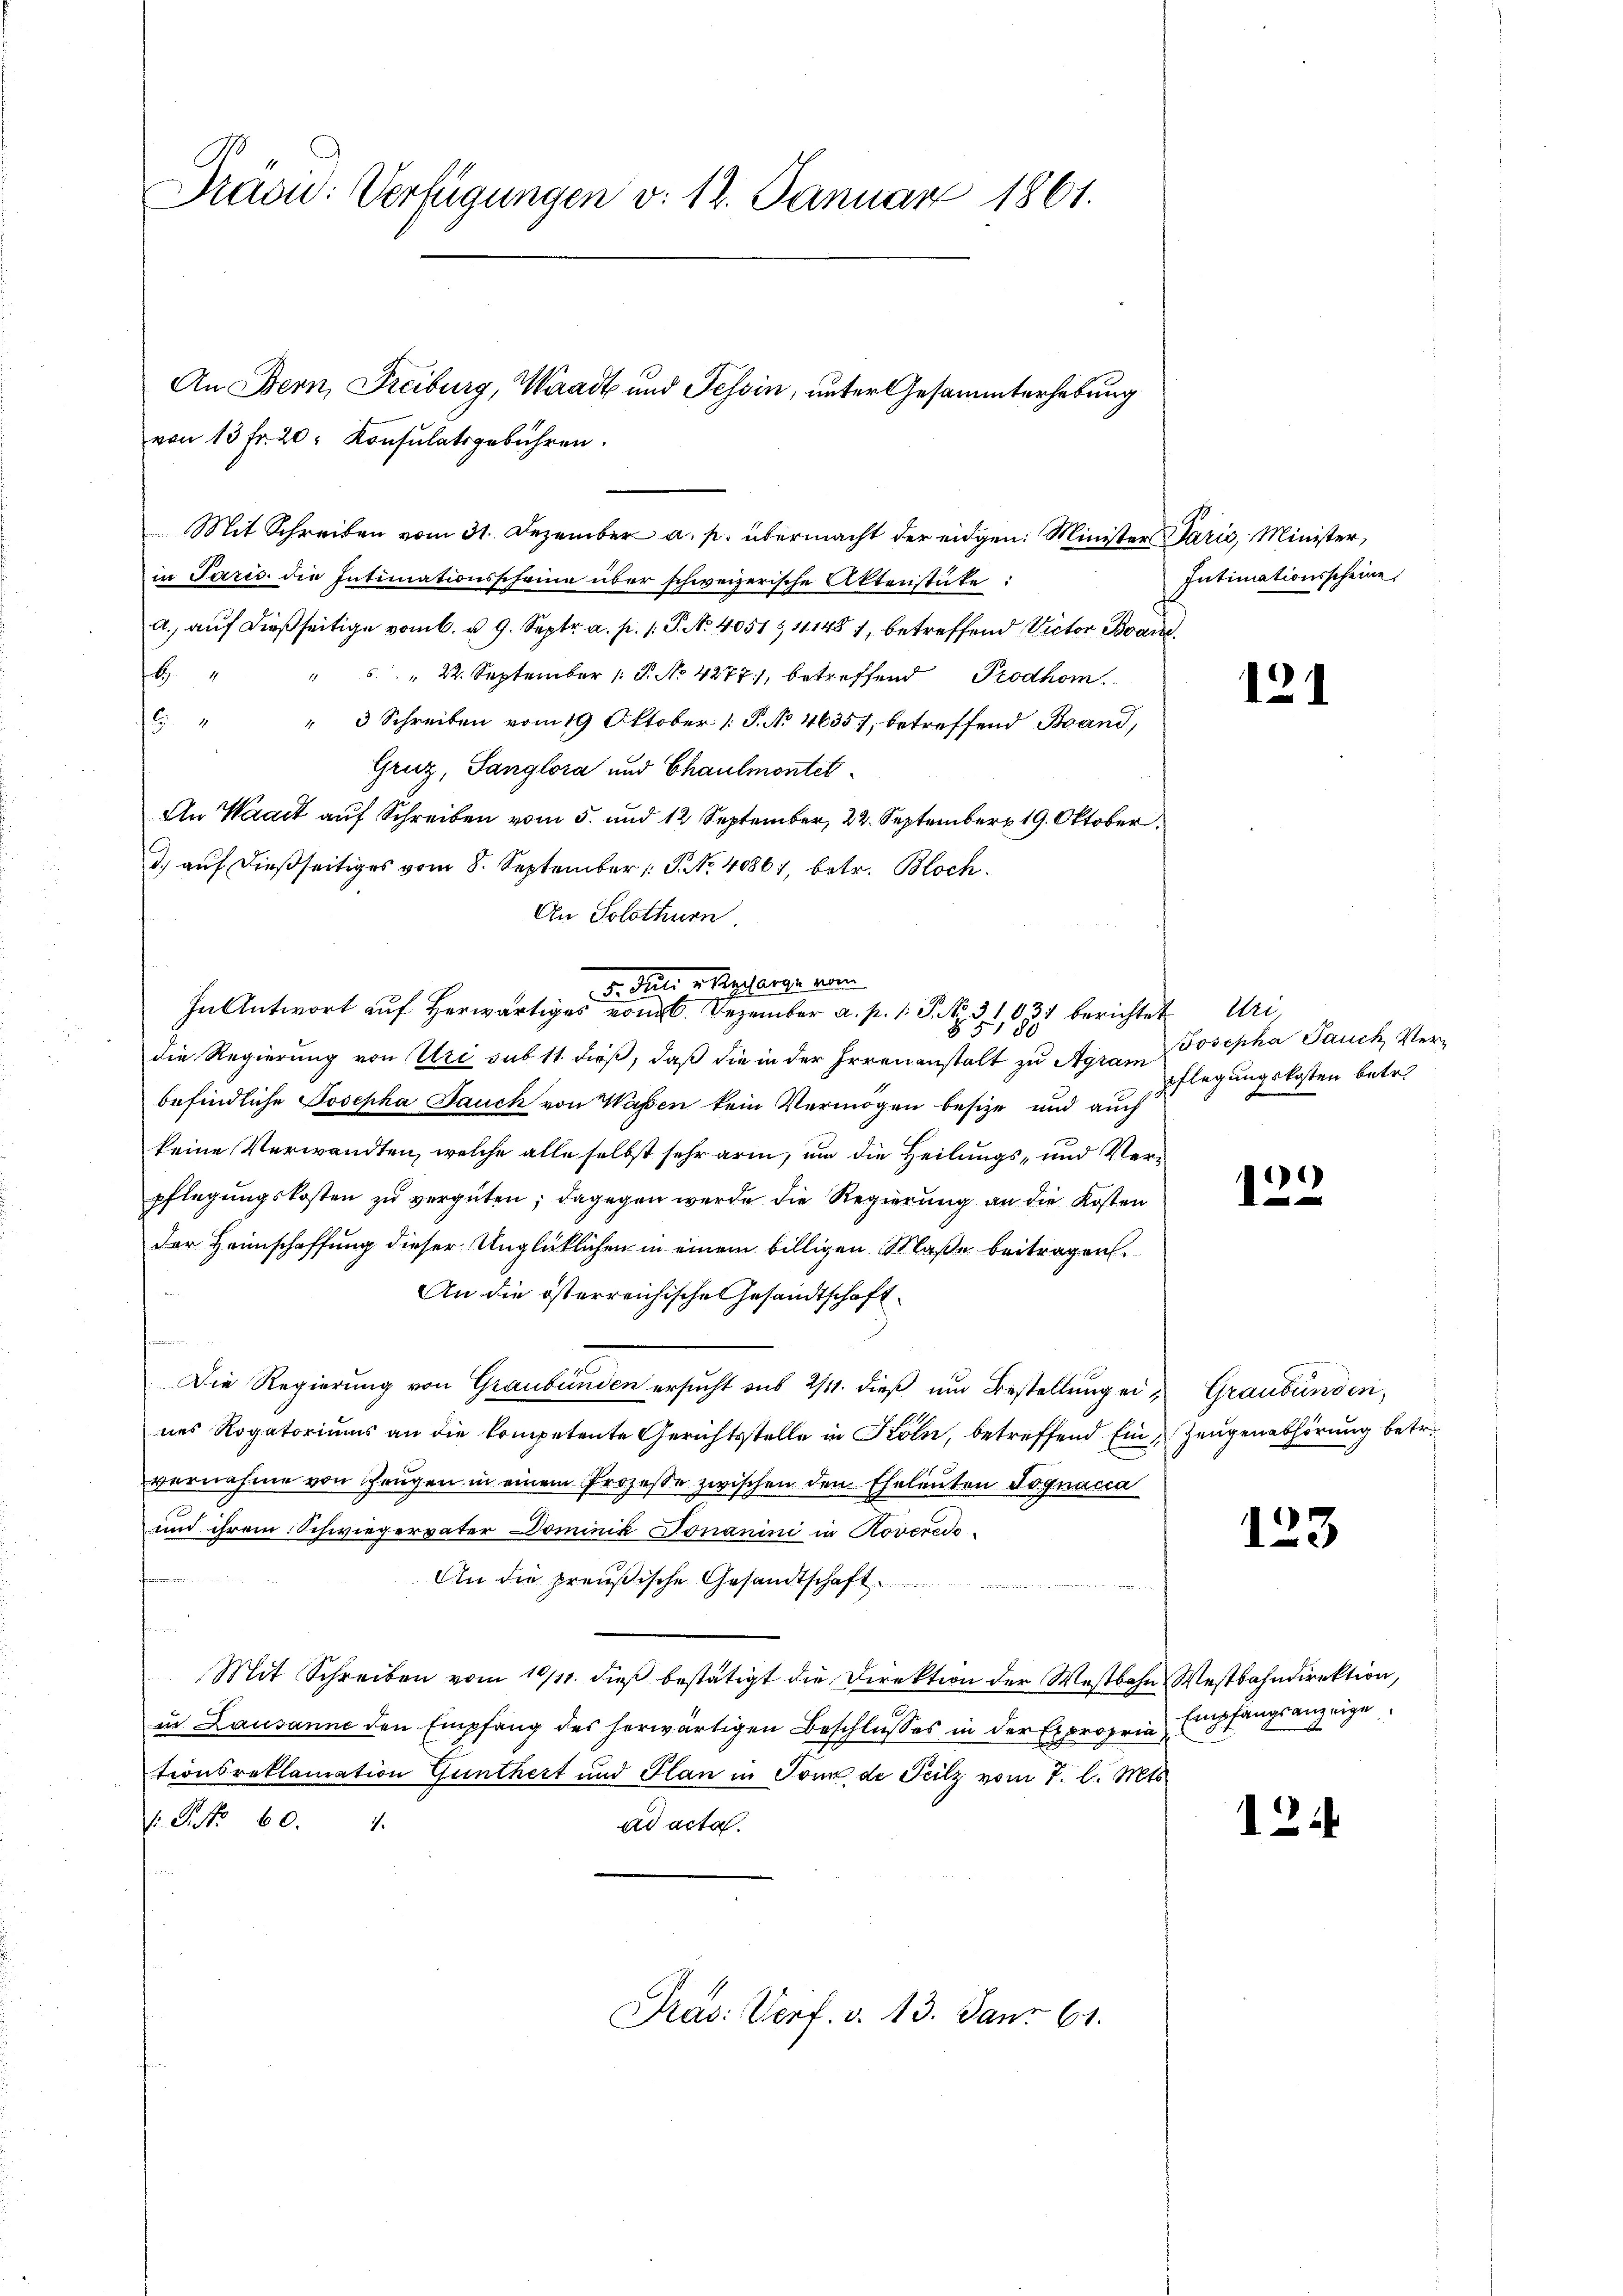
l
Pravii: Verfügungen v. 12. Januar 1861.

von 13 fr. 20. Konsulatsgebühren.
in Paris die Intimationsscheine über schweizerische Aktenstüke:
a. aŭf dießseitige vom 6. u. 9. Septr. a. p. 1. P. Nr. 4051 § 41487, betreffend Victor Braun
b
" " 22. September 1. P. No 4277, betreffend Prodhom.
. " " 3 Schreiben vom 19 Oktober [P. No. 4635; betreffend Brand,
Gruz, Sanglora und Chaulmontet¬
An Waadt auf Schreiben vom 5. und 12 September, 22. September 19. Oktober
1.) auf dießseitiges vom 8. September P. Nr. 40861, betr. Bloch.
An Solothurn
befindliche Josepha Bauch von Wassen kein Vermögen besize und auch
keine Verwandten, welche alle selbst sehr arm, um die Heilungs- und Verpflegungskosten zu vergüten; dagegen werde die Regierung an die Kosten
der Heimschaffung dieser Unglücklichen in einem billigen Klaße beitragen.

An die österreichische Gesandtschaft
Die Regierung von Graubünden ersucht aus 2/4. dieß und Bestellung eines Rogatoriums an die kompetente Gerichtsstelle in Köln, betreffend Ein Zeugenabhörung betr.
vernahme von Zeugen in einem Prozesse zwischen den Eheleuten Jognacca
und ihrem Schwiegervater Dominik Jonanini in Roveredo¬
An die preußische Gesandtschaft

e
Mit Schreiben vom 10/11. dieβ bestätigt die Direktion der Westbahn Westbahndirektion,
in Lausanne den Empfang des herwärtigen Beschlusses in der Expropria
tionsreklamation Gunthert und Plan in Tonn, de Teilz vom 7. l. Mts
.P. Nr. 60. 1.
ad acta.

An Bern, Freiburg, Waadt und Tessin, unter Gesammterhebung
Mit Schreiben vom 31. Dezember a. p. übermacht der eidgen: Minister Paris, Minister,

Juli abgeharge vom
In Antwort auf Herrn. Dezember a. p. 1. No. 31,031 berichtet Uri,
8
die Regierung von Uri sub 11 dieß, daß die in der Irrenanstalt zu Agram

Pras: Verf. v. 13. Janr 61.

Intimationsscheine

121

Josepha Jauch Verpflegungskosten betr.

.
1

Graubünden,

123

Empfangsanzeige

12.